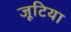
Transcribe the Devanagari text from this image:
जूटिया